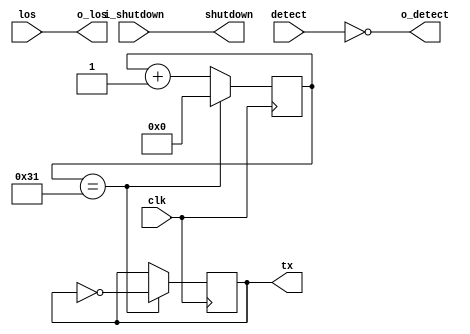
module sfp(
    input   detect,
    input   los,
    output  shutdown,
    output  tx,
    
    input   clk,
    output  o_detect,
    output  o_los,
    input   i_shutdown
);


    assign o_detect = ~detect;
    assign o_los = los;
    assign shutdown = i_shutdown;

    reg r_tx = 1'b0;
    reg [26:0] c;
    always @(posedge clk) begin
	     // (100e6/f/2)-1
        //if (c == 100000000)   // 1 Hz
        //if (c == 4999)        // 10 kHz
		  //if (c == 1999)        // 25 kHz
		  //if (c == 1427)        // 35 kHz
        //if (c == 999)         // 50 kHz
        //if (c == 499)         // 100 kHz
        //if (c == 199)         // 250 kHz
        if (c == 49)          // 1 MHz
            begin
                r_tx <= ~r_tx;
                c <= 0; 
            end
        else
            begin
                c <= c + 1'b1; 
            end
    end
    assign tx = r_tx;
endmodule